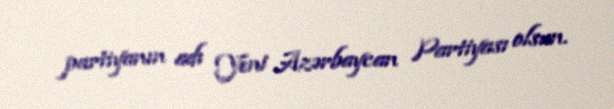
partiyanın adı Yeni Azərbaycan Partiyası olsun.